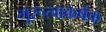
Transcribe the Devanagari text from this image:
गुरूत्वाकर्षक